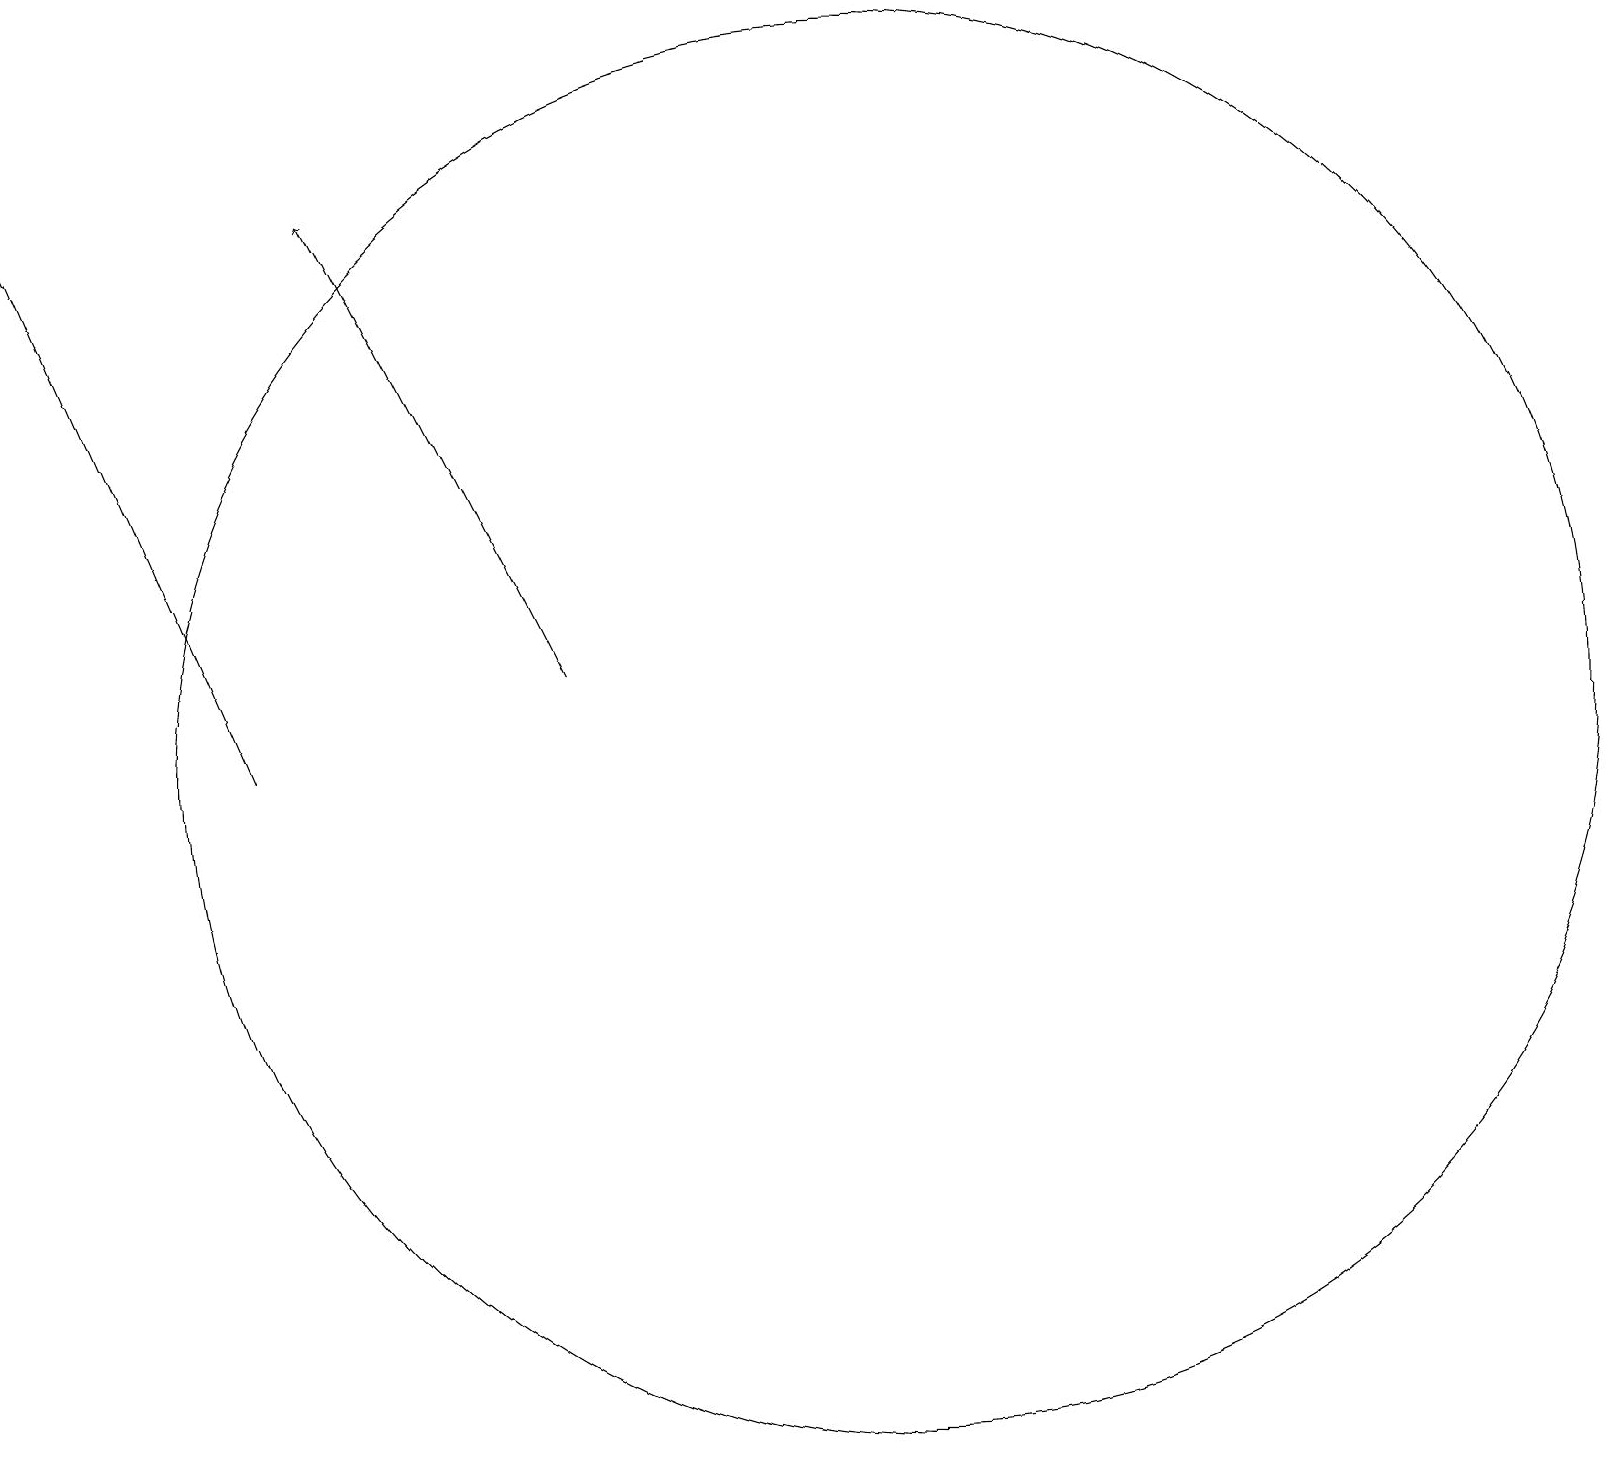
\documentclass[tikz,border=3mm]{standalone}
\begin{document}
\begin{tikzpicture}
\draw[->] (7,11) -- (4,17);
\draw[->] (3,10) -- (0,17);
\draw (11,10) circle (9);
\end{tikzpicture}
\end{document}